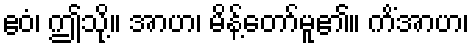
ဧဝံ၊ ဤသို့။ အာဟ၊ မိန့်တော်မူ၏။ ကိံအာဟ၊